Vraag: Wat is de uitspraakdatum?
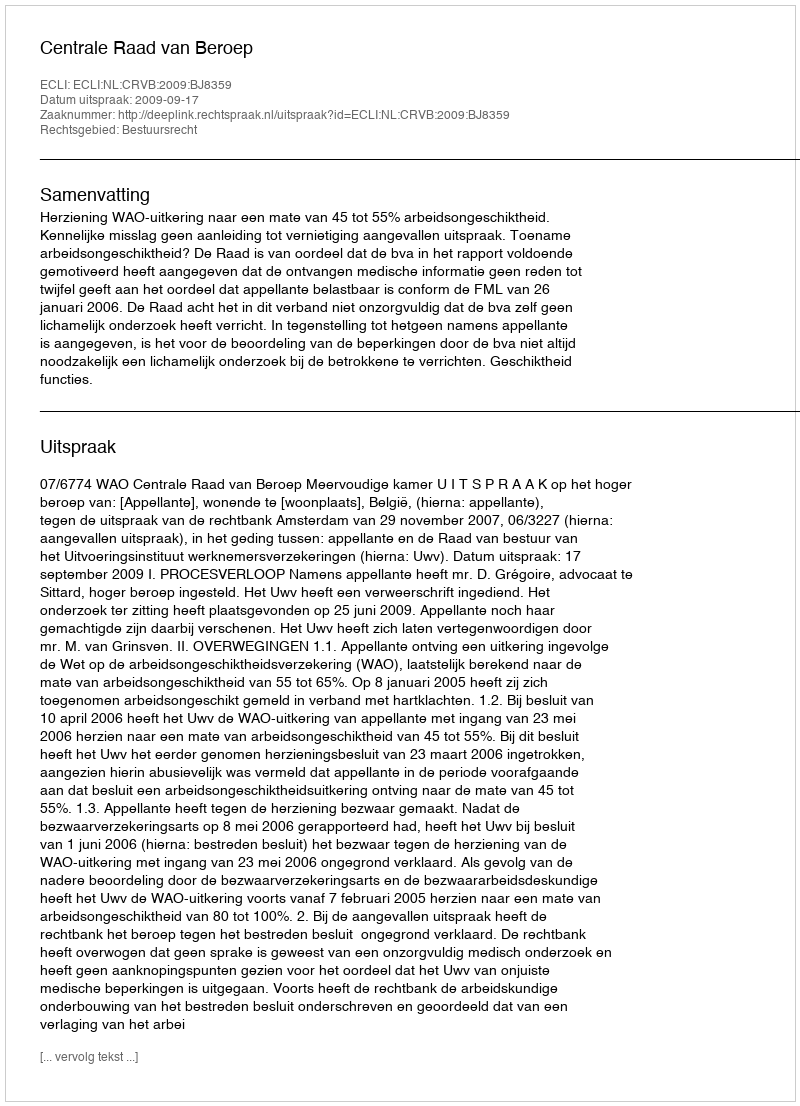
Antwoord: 2009-09-17